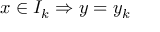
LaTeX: x \in I _ { k } \Rightarrow y = y _ { k }